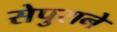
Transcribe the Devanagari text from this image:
सेपुराने